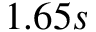
1 . 6 5 s